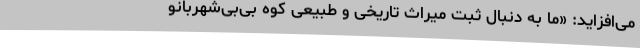
می‌افزاید: «ما به‌ دنبال ثبت میراث تاریخی و طبیعی کوه بی‌بی‌شهربانو